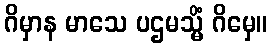
ဂိမှာန မာသေ ပဌမသ္မိံ ဂိမှေ။